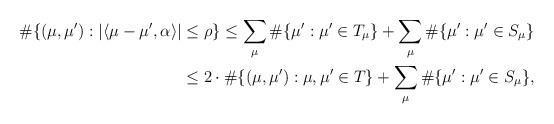
LaTeX: \begin{align*}\begin{aligned}\#\{(\mu,\mu'): |\langle\mu-\mu',\alpha\rangle|\leq \rho\}\leq\sum_{\mu}\#\{\mu' : \mu'\in T_\mu\}+\sum_{\mu}\#\{\mu' : \mu'\in S_\mu\}\\\leq2\cdot\#\{(\mu,\mu'): \mu,\mu'\in T\}+\sum_{\mu}\#\{\mu': \mu'\in S_\mu\},\end{aligned}\end{align*}